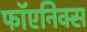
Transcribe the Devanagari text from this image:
फॉएनिक्स